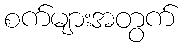
စက်များအတွက်